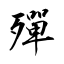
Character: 殫